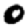
Digit: 0